Vaccination North-Western Provinces 1866-1877 - 1866-1877
Year: 1866
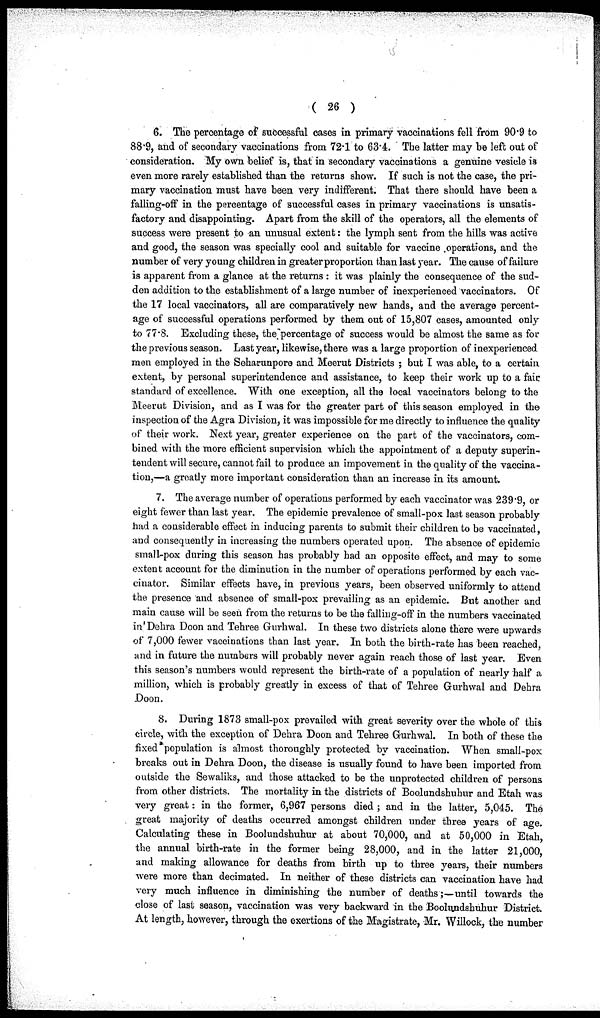
( 26 )
6. The percentage of successful cases in primary vaccinations fell from 90.9 to
88.9, and of secondary vaccinations from 72.1 to 63.4. The latter may be left out of
consideration. My own belief is, that in secondary vaccinations a genuine vesicle is
even more rarely established than the returns show. If such is not the case, the pri-
mary vaccination must have been very indifferent. That there should have been a
falling-off in the percentage of successful cases in primary vaccinations is unsatis-
factory and disappointing. Apart from the skill of the operators, all the elements of
success were present to an unusual extent: the lymph sent from the hills was active
and good, the season was specially cool and suitable for vaccine operations, and the
number of very young children in greater proportion than last year. The cause of failure
is apparent from a glance at the returns : it was plainly the consequence of the sud-
den addition to the establishment of a large number of inexperienced vaccinators. Of
the 17 local vaccinators, all are comparatively new hands, and the average percent-
age of successful operations performed by them out of 15,807 cases, amounted only
to 77.8. Excluding these, the percentage of success would be almost the same as for
the previous season. Last year, likewise, there was a large proportion of inexperienced
men employed in the Seharunpore and Meerut Districts ; but I was able, to a certain
extent, by personal superintendence and assistance, to keep their work up to a fair
standard of excellence. With one exception, all the local vaccinators belong to the
Meerut Division, and as I was for the greater part of this season employed in the
inspection of the Agra Division, it was impossible for me directly to influence the quality
of their work. Next year, greater experience on the part of the vaccinators, com-
bined with the more efficient supervision which the appointment of a deputy superin-
tendent will secure, cannot fail to produce an impovement in the quality of the vaccina-
tion,—a greatly more important consideration than an increase in its amount.
7. The average number of operations performed by each vaccinator was 239.9, or
eight fewer than last year. The epidemic prevalence of small-pox last season probably
had a considerable effect in inducing parents to submit their children to be vaccinated,
and consequently in increasing the numbers operated upon. The absence of epidemic
small-pox during this season has probably had an opposite effect, and may to some
extent account for the diminution in the number of operations performed by each vac-
cinator. Similar effects have, in previous years, been observed uniformly to attend
the presence and absence of small-pox prevailing as an epidemic. But another and
main cause will be seen from the returns to be the falling-off in the numbers vaccinated
in'Dehra Doon and Tehree Gurhwal. In these two districts alone there were upwards
of 7,000 fewer vaccinations than last year. In both the birth-rate has been reached,
and in future the numbers will probably never again reach those of last year. Even
this season's numbers would represent the birth-rate of a population of nearly half a
million, which is probably greatly in excess of that of Tehree Gurhwal and Dehra
Doon.
8. During 1873 small-pox prevailed with great severity over the whole of this
circle, with the exception of Dehra Doon and Tehree Gurhwal. In both of these the
fixed population is almost thoroughly protected by vaccination. When small-pox
breaks out in Dehra Doon, the disease is usually found to have been imported from
outside the Sewaliks, and those attacked to be the unprotected children of persons
from other districts. The mortality in the districts of Boolundshuhur and Etah was
very great: in the former, 6,967 persons died ; and in the latter, 5,045. The
great majority of deaths occurred amongst children under three years of age.
Calculating these in Boolundshuhur at about 70,000, and at 50,000 in Etah,
the annual birth-rate in the former being 28,000, and in the latter 21,000,
and making allowance for deaths from birth up to three years, their numbers
were more than decimated. In neither of these districts can vaccination have had
very much influence in diminishing the number of deaths;—until towards the
close of last season, vaccination was very backward in the Boolundshuhur District.
At length, however, through the exertions of the Magistrate, Mr. Willock, the number